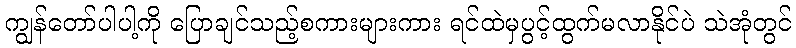
ကျွန်တော်ပါပါ့ကို ပြောချင်သည့်စကားများကား ရင်ထဲမှပွင့်ထွက်မလာနိုင်ပဲ သဲအုံတွင်